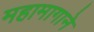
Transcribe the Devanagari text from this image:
महामागाने